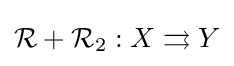
{\mathcal {R}}+{\mathcal {R}}_{2}:X\rightrightarrows Y